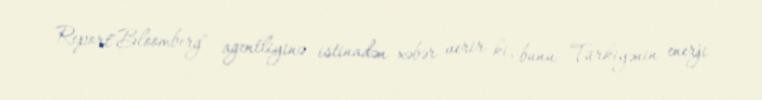
Report"Bloomberg" agentliyinə istinadən xəbər verir ki, bunu Türkiyənin enerji